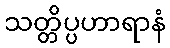
သတ္တိပ္ပဟာရာနံ